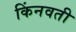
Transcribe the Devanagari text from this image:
किंनवती